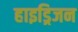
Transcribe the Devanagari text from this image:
हाइड्रिजन